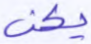
يكن